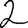
Digit: 2